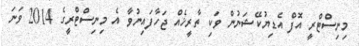
މިނިސްޓްރީ އޮފް އެޑިޔުކޭޝަނުން ވަކި ތާރީޚެއް ޖަހާފައިނުވާ އެ މިނިސްޓްރީގެ 2014 ވަނަ